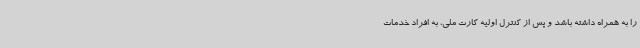
را به همراه داشته باشد و پس از کنترل اولیه کارت ملی، به افراد خدمات